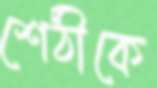
শেঠীকে